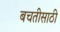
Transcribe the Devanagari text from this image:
बचतीसाठी